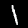
Label: 1